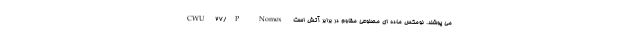
CWU 27/P Nomex می پوشند. نومکس ماده ای مصنوعی مقاوم در برابر آتش است